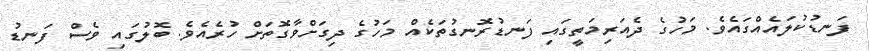
ފަނޑުކުލައެއްގައެވެ. މަހުގެ ދެއަރިމަތީގައި ފަނޑުރޮނގުތަކެއް މަހުގެ ދިގަށްވާގޮތަށް ހުރެއެވެ. ބޮލުގައި ވެސް ފަނޑު